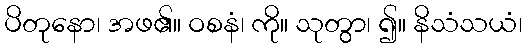
ပိတုနော၊ အဖ၏။ ဝစနံ၊ ကို။ သုတွာ၊ ၍။ နိသံသယံ၊